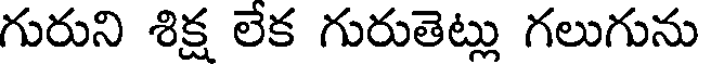
గురుని శిక్ష లేక గురుతెట్లు గలుగును